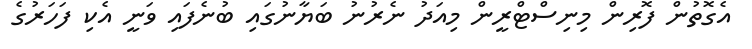
އެގޮތުން ފޮރިން މިނިސްޓްރީން މިއަދު ނެރުނު ބަޔާނުގައި ބުނެފައި ވަނީ އެކި ފަހަރުގެ